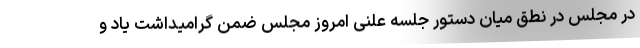
در مجلس در نطق میان دستور جلسه علنی امروز مجلس ضمن گرامیداشت یاد و